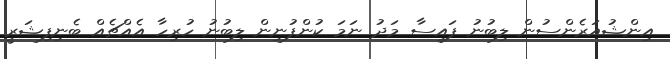
އިންޝުއަރެންސުން ލިބުނު ފައިސާ މަދު ނަމަ ކުންފުނިން ލިބުނު ހުރިހާ އެއްޗެއް ބެނިފިޝަރީ